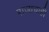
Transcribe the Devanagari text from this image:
राजाचाही